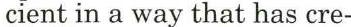
cient in a way that has cre-